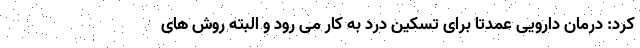
کرد: درمان دارویی عمدتا برای تسکین درد به کار می رود و البته روش های